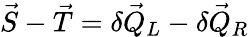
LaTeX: \vec{S}-\vec{T}=\delta\vec{Q}_{L}-\delta\vec{Q}_{R}